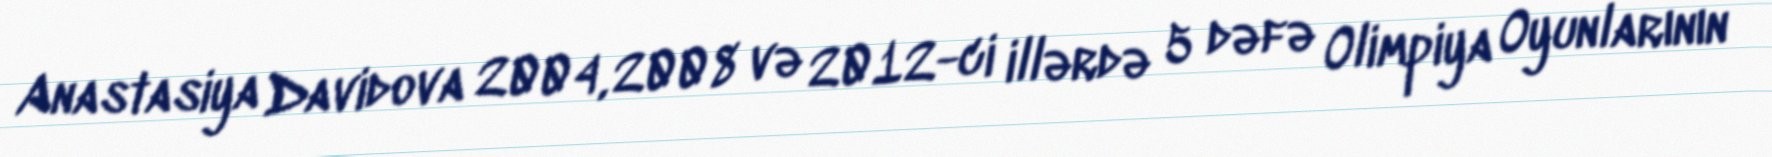
Anastasiya Davidova 2004, 2008 və 2012-ci illərdə 5 dəfə Olimpiya Oyunlarının